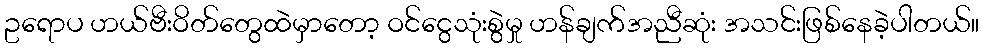
ဥရောပ ဟယ်ဗီးဝိတ်တွေထဲမှာတော့ ဝင်ငွေသုံးစွဲမှု ဟန်ချက်အညီဆုံး အသင်းဖြစ်နေခဲ့ပါတယ်။